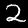
Label: 2